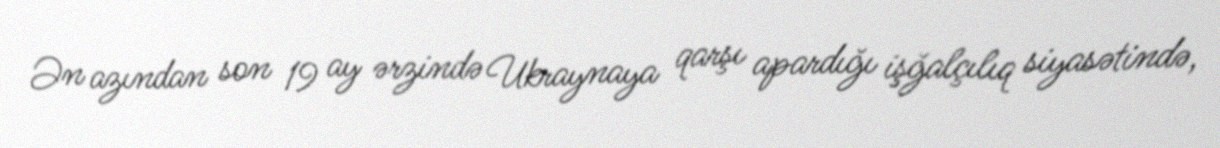
Ən azından son 19 ay ərzində Ukraynaya qarşı apardığı işğalçılıq siyasətində,